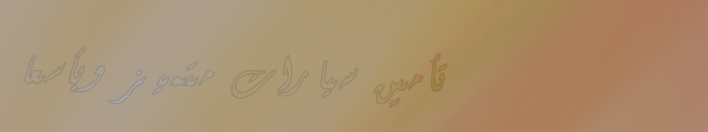
تأمين سيارات متميز وبأسعا